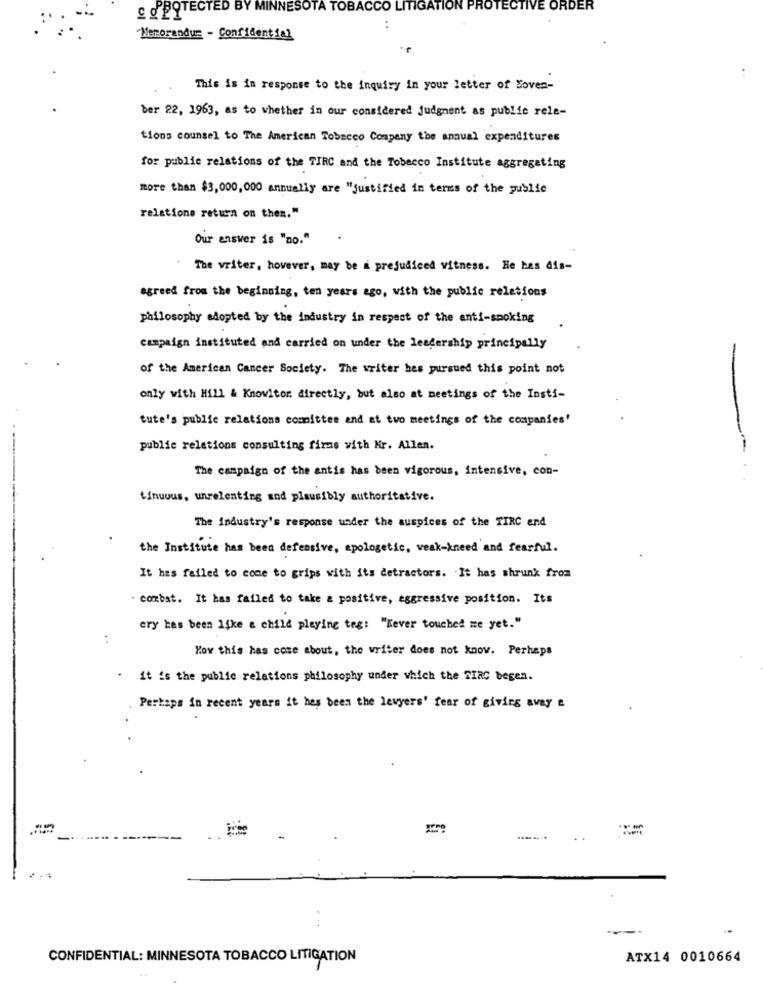
C d'POTECTED BY MINNESOTA TOBACCO LITIGATION PROTECTIVE ORDER
"Memorandum - Confidential
..
This is in response to the inquiry in your letter of Loves-
ber 22, 1963, as to whether in our considered judgment as public rele-
tions counsel to The American Tobacco Company the annual expenditures
for public relations of the TIRC and the Tobacco Institute aggregating
more than $3,000,000 annually are "justified in terms of the public
relations return on then."
Our answer is "no."
The writer, however, may be a prejudiced witness. He has dis-
agreed from the beginning, ten years ago, with the public relations
philosophy adopted by the industry in respect of the anti-smoking
campaign instituted and carried on under the leadership principally
of the American Cancer Society. The writer hes pursued this point not
only with Hill & Knowitor. directly, but also at meetings of the Insti-
tute's public relations comittee and at two meetings of the companies'
public relations consulting firms with Mr. Allen.
The campaign of the antis has been vigorous, intensive, con-
tinuous, unrelenting and plausibly authoritative.
The Industry's response under the auspices of the TIRC end
the Institute has been defensive, apologetic, weak-kneed and fearful.
It has failed to come to grips with its detractors. . It has shrunk from
- combat. It has failed to take a positive, eggressive position. Its
ery has been Iske a child playing teg: "Kever touched me yet."
:
How this has come about, the writer does not know. Perhaps
it is the public relations philosophy under which the TIRC begen.
Perhaps in recent years it has been the levyers' fear of giving avay e
... ....
...
CONFIDENTIAL: MINNESOTA TOBACCO LITIGATION
ATX14 0010664